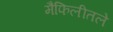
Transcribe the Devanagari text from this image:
मैफिलीतले